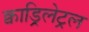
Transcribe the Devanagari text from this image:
क्वाड्रिलेट्रल